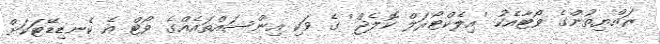
ރައްޔިތުންގެ ވޯޓާއެކު 'އިލެކްޓޯރަލް ކޮލެޖް' ގެ ވަކި އިންސައްތައެއްގެ ވޯޓް އެ ކެނޑިޑޭޓަކަށް